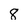
Character: 8